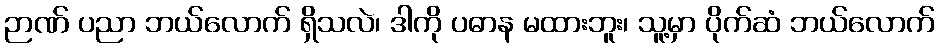
ဉာဏ် ပညာ ဘယ်လောက် ရှိသလဲ၊ ဒါကို ပဓာန မထားဘူး၊ သူ့မှာ ပိုက်ဆံ ဘယ်လောက်